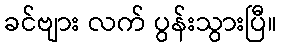
ခင်ဗျား လက် ပွန်းသွားပြီ။